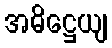
အဓိဋ္ဌေယျ